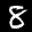
Label: 8